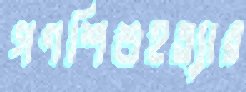
গণশিশুহত্যার